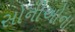
સોનીઓના